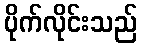
ပိုက်လိုင်းသည်